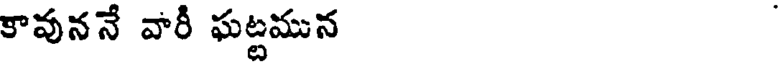
కావుననే వారీ ఘట్టమున